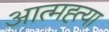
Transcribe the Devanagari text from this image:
आत्‍मह्त्‍या